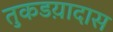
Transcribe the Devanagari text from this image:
तुकडय़ादास